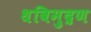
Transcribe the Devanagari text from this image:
धविमुद्रण